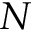
N